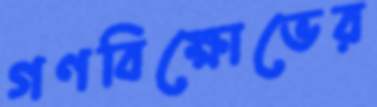
গণবিক্ষোভের